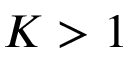
K > 1